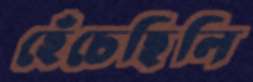
হেঁচেছিলি